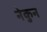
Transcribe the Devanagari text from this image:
नेकुन